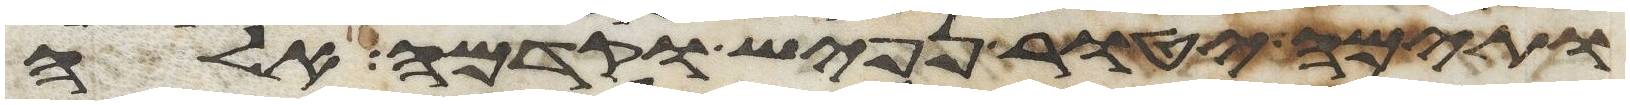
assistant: ותימה יטור נפיש וקדמה אלה